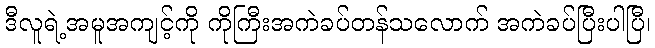
ဒီလူရဲ့အမူအကျင့်ကို ကိုကြီးအကဲခပ်တန်သလောက် အကဲခပ်ပြီးပါပြီ၊